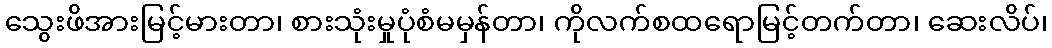
သွေးဖိအားမြင့်မားတာ၊ စားသုံးမှုပုံစံမမှန်တာ၊ ကိုလက်စထရောမြင့်တက်တာ၊ ဆေးလိပ်၊